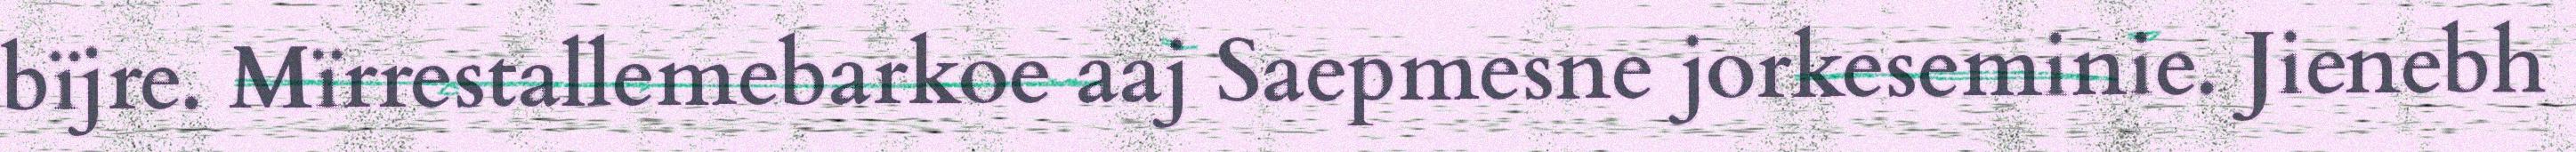
bïjre. Mïrrestallemebarkoe aaj Saepmesne jorkeseminie. Jienebh